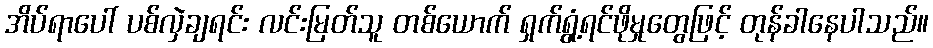
အိပ်ရာပေါ် ပစ်လှဲချရင်း လင်းမြတ်သူ တစ်ယောက် ရှက်ရွံ့ရင်ဖိုမှုတွေဖြင့် တုန်ခါနေပါသည်။